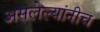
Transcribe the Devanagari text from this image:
असलेल्यांनीच